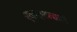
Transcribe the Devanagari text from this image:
एकाक्षरप्रदातारं